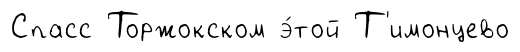
Спасс Торжокском э́той Т'имонцево